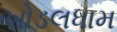
ખોડલધામ